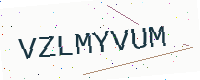
Text: VZLMYVUM